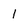
Character: 1